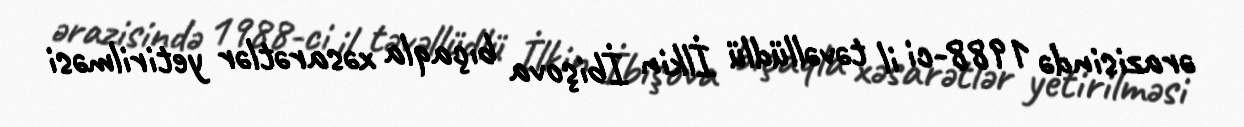
ərazisində 1988-ci il təvəllüdlü İlkin İbişova bıçaqla xəsarətlər yetirilməsi